Plague in India, 1896, 1897 - Volume 2
Year: 1896
Disease focus: Plague
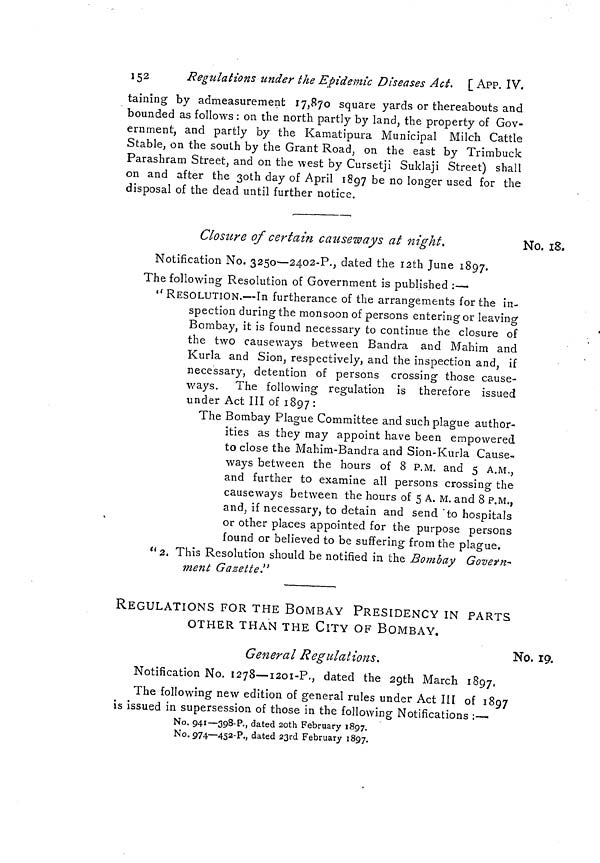
152
Regulations
under the Epidemic Diseases Act. [ APP. IV.
taining by admeasurement 17,870 square yards or thereabouts and
bounded as follows : on the north partly by land, the property of Gov-
ernment, and partly by the Kamatipura Municipal Milch Cattle
Stable, on the south by the Grant Road, on the east by Trimbuck
Parashram Street, and on the west by Cursetji Suklaji Street) shall
on and after the ßoth day of April 1897 be no longer used for the
disposal of the dead until further notice.
Closure of certain causeways at night.
No. 18,
Notification No. 3250—-2402-P., dated the 12th June 1897.
The following Resolution of Government is published :—
''RESOLUTION.—In furtherance of the arrangements for the in-
spection during the monsoon of persons entering or leaving
Bombay, it is found necessary to continue the closure of
the two causeways between Bandra and Mahim and
Kurla and Sion, respectively, and the inspection and, if
necessary, detention of persons crossing those cause-
ways.
The following regulation is therefore issued
under Act III of 1897 :
The Bombay Plague Committee and such plague author-
ities as they may appoint have been empowered
to close the Mahim-Bandra and Sion-Kurla Cause-
ways between the hours of 8 P.M. and 5 A.M.,
and further to examine all persons crossing the
causeways between the hours of 5 A. M. and 8 P.M.,
and, if necessary, to detain and send "to hospitals
or other places appointed for the purpose persons
found or believed to be suffering from the plague.
" 2. This Resolution should be notified in the Bombay Govern-
ment Gazette"
REGULATIONS FOR THE BOMBAY PRESIDENCY IN PARTS
OTHER THAN THE CiTY OF BOMBAY.
General Regulations.
No. 19.
Notification No. 1278—1201-P., dated the 29th March 1897,
The following new edition of general rules under Act III of 1897
is issued in supersession of those in the following Notifications :-—
No. 941—398-P., dated 2oth February 1897.
No. 974—452-P., dated 23rd February 1897.